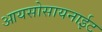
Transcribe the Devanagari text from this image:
आयसोसायनाईट